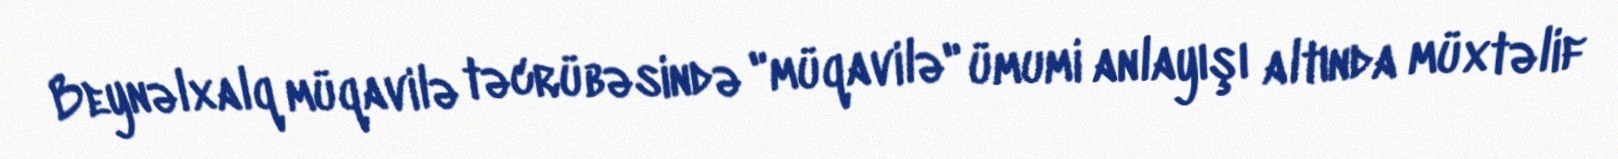
Beynəlxalq müqavilə təcrübəsində "müqavilə" ümumi anlayışı altında müxtəlif